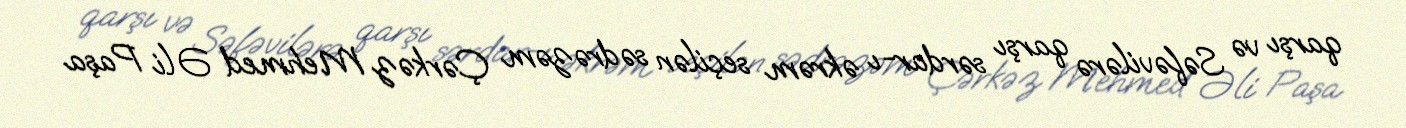
qarşı və Səfəvilərə qarşı sərdar-ı əkrəm seçilən sədrəzəm Çərkəz Mehmed Əli Paşa